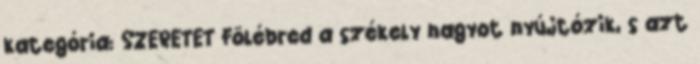
kategória: SZERETET Fölébred a székely nagyot nyújtózik, s azt